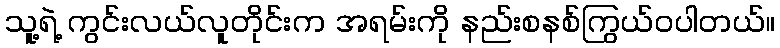
သူ့ရဲ့ ကွင်းလယ်လူတိုင်းက အရမ်းကို နည်းစနစ်ကြွယ်ဝပါတယ်။